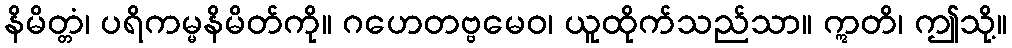
နိမိတ္တံ၊ ပရိကမ္မနိမိတ်ကို။ ဂဟေတဗ္ဗမေဝ၊ ယူထိုက်သည်သာ။ ဣတိ၊ ဤသို့။